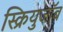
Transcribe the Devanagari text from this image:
स्क्रियुजॉब